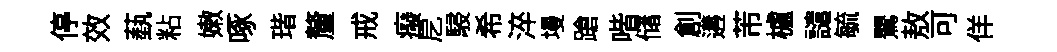
停效蓺粘嫩啄瑎釐戒癈戹駸希淬墁蹌喈储創遘芾櫨譴毓鸎敖可佯